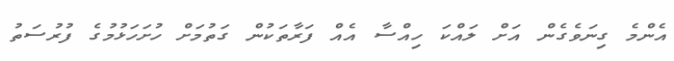
އެންމެ ގިނަވެގެން އަށް ލައްކަ ހިއްސާ އެއް ފަރާތަކުން ގަތުމަށް ހުށަހަޅުމުގެ ފުރުސަތު